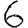
Digit: 6